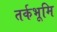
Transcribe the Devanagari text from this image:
तर्कभूमि